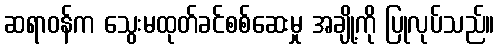
ဆရာဝန်က သွေးမထုတ်ခင်စစ်ဆေးမှု အချို့ကို ပြုလုပ်သည်။